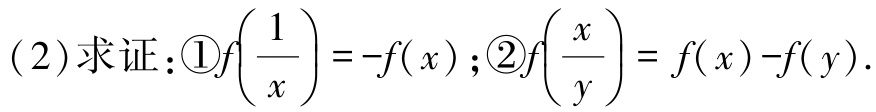
(2)求证：\textcircled{1}\(f\left(\frac{1}{x}\right)=-f(x)\)；\textcircled{2}\(f\left(\frac{x}{y}\right)=f(x)-f(y)\)。